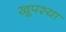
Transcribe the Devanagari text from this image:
खूपश्या